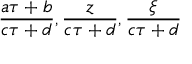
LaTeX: \frac { a \tau + b } { c \tau + d } , \frac { z } { c \tau + d } , \frac { \xi } { c \tau + d }